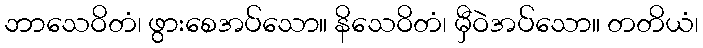
ဘာသေဝိတံ၊ ဖွားစေအပ်သော။ နိသေဝိတံ၊ မှီဝဲအပ်သော။ တတိယံ၊